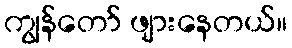
ကျွန်တော် ဖျားနေတယ်။